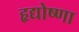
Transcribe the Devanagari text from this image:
हृद्योष्णा